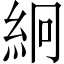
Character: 絅